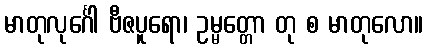
မာတုလုင်္ဂေါ ဗီဇပူရော၊ ဥမ္မတ္တော တု စ မာတုလော။